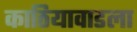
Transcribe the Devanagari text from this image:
काठियावाडला